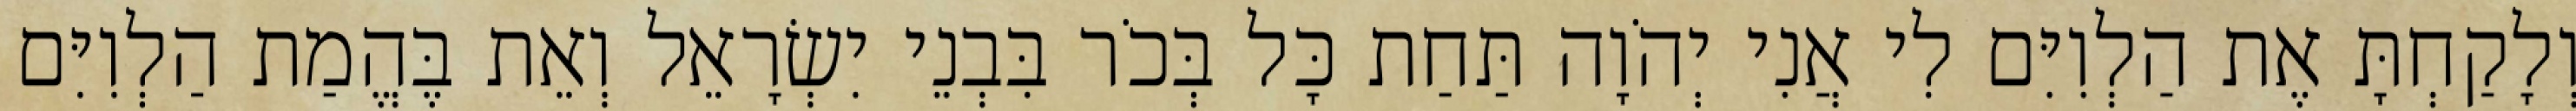
וְלָקַחְתָּ אֶת הַלְוִיִּם לִי אֲנִי יְהֹוָה תַּחַת כָּל בְּכֹר בִּבְנֵי יִשְׂרָאֵל וְאֵת בֶּהֱמַת הַלְוִיִּם